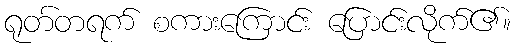
ရုတ်တရက် စကားကြောင်း ပြောင်းလိုက်၏။